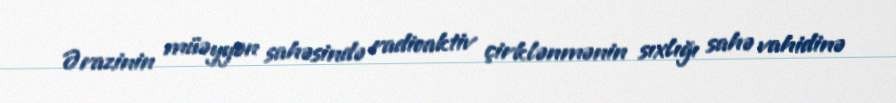
Ərazinin müəyyən sahəsində radioaktiv çirklənmənin sıxlığı sahə vahidinə